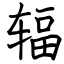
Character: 辐